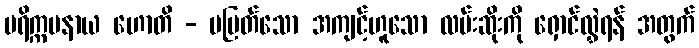
ပရိက္ကမနာယ ဟောတိ - မမြတ်သော အကျင့်ဟူသော လမ်းဆိုးကို ရှောင်လွှဲရန် အတွက်